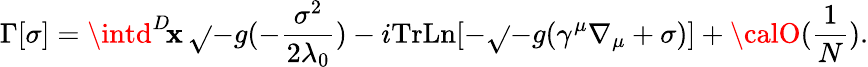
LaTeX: \Gamma[\sigma]=\intd^{D}\! \mathbf{x}\, \sqrt{}{{-g}}(-\frac{{\sigma^{2}}}{{2\lambda_{0}}})-i\mathrm{{Tr}}\mathrm{{Ln}}[-\sqrt{}{{-g}}(\gamma^{\mu}\nabla_{\mu}+\sigma)]+{\calO}(\frac{{1}}{{N}}).